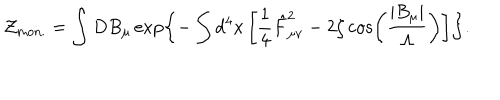
{ \cal Z } _ { \mathrm { m o n . } } = \int D B _ { \mu } \exp \left\{ - \int d ^ { 4 } x \left[ \frac 1 4 \hat { F } _ { \mu \nu } ^ { 2 } - 2 \zeta \cos \left( \frac { \left| B _ { \mu } \right| } { \Lambda } \right) \right] \right\} .